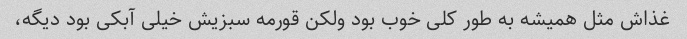
غذاش مثل همیشه به طور کلی خوب بود ولکن قورمه سبزیش خیلی آبکی بود دیگه،